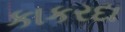
કાકરદા